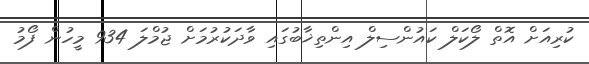
ކުރިއަށް އޮތް ލޯކަލް ކައުންސިލް އިންތިޚާބުގައި ވާދަކުރުމަށް ޖުމްލަ 934 މީހުން ފޯމު